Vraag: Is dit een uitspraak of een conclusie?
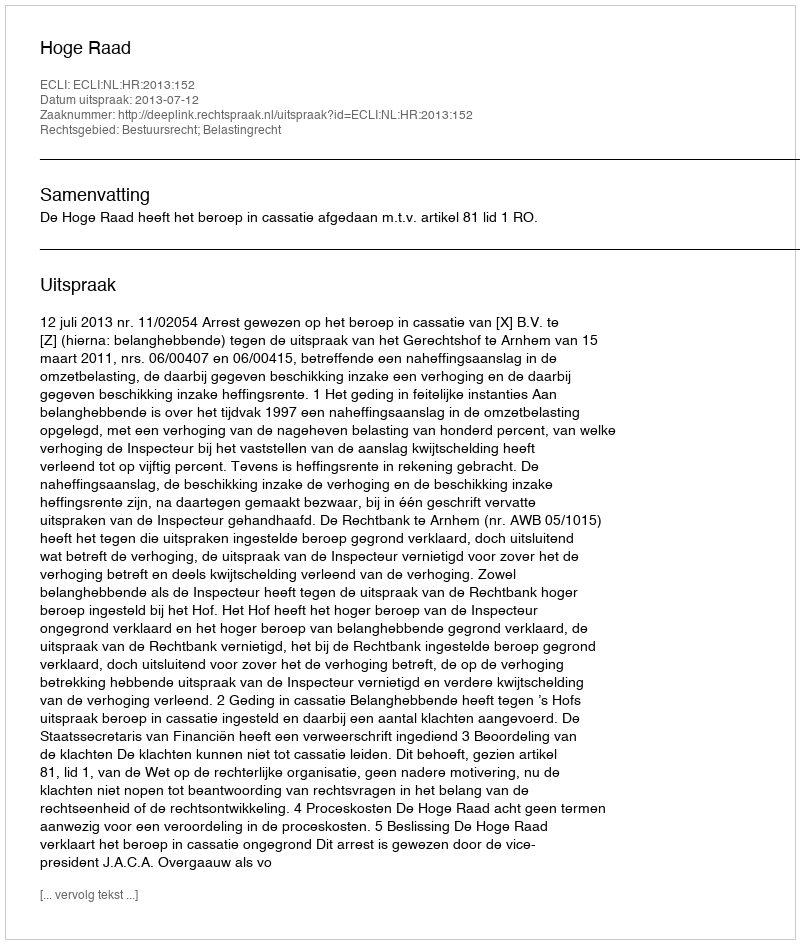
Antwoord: Uitspraak